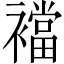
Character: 襠